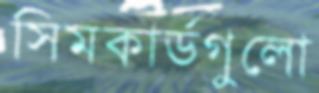
সিমকার্ডগুলো